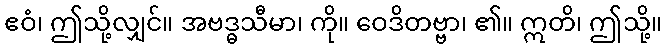
ဧဝံ၊ ဤသို့လျှင်။ အဗဒ္ဓသီမာ၊ ကို။ ဝေဒိတဗ္ဗာ၊ ၏။ ဣတိ၊ ဤသို့။